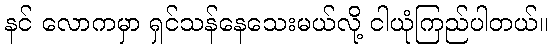
နင် လောကမှာ ရှင်သန်နေသေးမယ်လို့ ငါယုံကြည်ပါတယ်။